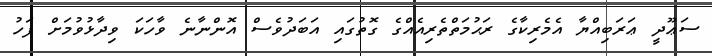
ސަޢޫދީ ޢަރަބިއްޔާ އެމެރިކާގެ ރަޙުމަތްތެރިއެއްގެ ގޮތުގައި އަބަދުވެސް އޮންނާނެ ވާހަކަ ވިދާޅުވުމަށް ފަހު